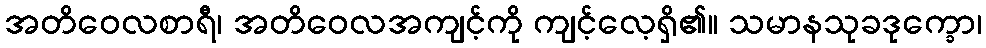
အတိဝေလစာရီ၊ အတိဝေလအကျင့်ကို ကျင့်လေ့ရှိ၏။ သမာနသုခဒုက္ခော၊